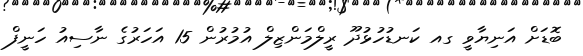
ބޮޑަށް އަނިޔާވީ ގއ ކަނޑުހުޅުދޫ ރީލްމަންޒިލް އުމުރުން 15 އަހަރުގެ ނާސިއު ހަނީފް